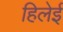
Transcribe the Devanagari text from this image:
हिलेई